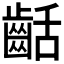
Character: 𪗽